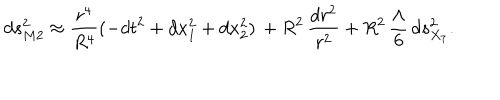
LaTeX: d s _ { M 2 } ^ { 2 } \approx { \frac { r ^ { 4 } } { R ^ { 4 } } } ( - d t ^ { 2 } + d x _ { 1 } ^ { 2 } + d x _ { 2 } ^ { 2 } ) \, + R ^ { 2 } \, \frac { d r ^ { 2 } } { r ^ { 2 } } + R ^ { 2 } \, \frac { \Lambda } { 6 } \, d s _ { X _ { 7 } } ^ { 2 } .